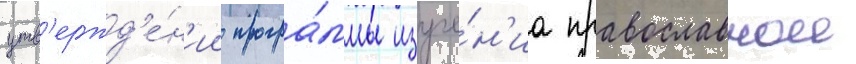
утв'ержд'е́н'ии програ́ммы изуче́н'иа православнои